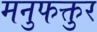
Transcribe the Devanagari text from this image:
मनुफक्तुर